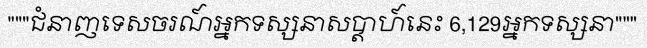
"""ជំនាញទេសចរណ៍អ្នកទស្សនាសប្តាហ៍នេះ 6,129អ្នកទស្សនា"""